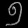
Digit: ၅